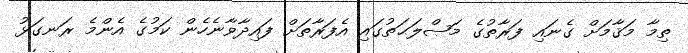
ތިމާ މަޤާމަށް ގެނައި ފަރާތުގެ މަޞްލަޙަތުގައި އެފަރާތަށް ފައިދާވާނެހެން ކަމުގެ އެންމެ ރަނގަޅު